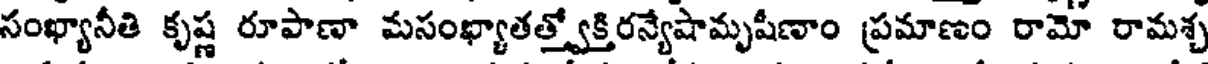
సంఖ్యానీతి కృష్ణ రూపాణా మసంభ్యాతత్త్వోక్తిరన్యేషామృషీణాం ప్రమాణం రామో రామశ్చ